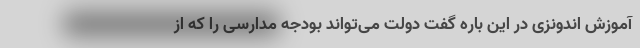
آموزش اندونزی در این باره گفت دولت می‌تواند بودجه مدارسی را که از